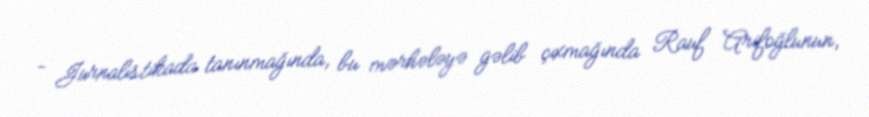
- Jurnalistikada tanınmağında, bu mərhələyə gəlib çıxmağında Rauf Arifoğlunun,